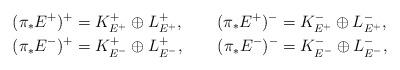
LaTeX: \begin{align*}(\pi_*E^+)^+&=K_{E^+}^+\oplus L_{E^+}^+,\qquad(\pi_*E^+)^-=K_{E^+}^-\oplus L_{E^+}^-,\\(\pi_*E^-)^+&=K_{E^-}^+\oplus L_{E^-}^+,\qquad(\pi_*E^-)^-=K_{E^-}^-\oplus L_{E^-}^-,\end{align*}